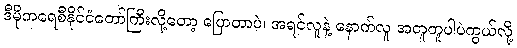
ဒီမိုကရေစီနိုင်ငံတော်ကြီးလို့တော့ ပြောတာပဲ၊ အရင်လူနဲ့ နောက်လူ အတူတူပါပဲကွယ်လို့